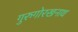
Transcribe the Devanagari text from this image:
गुरुगोरखनाथ